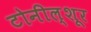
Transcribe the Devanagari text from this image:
टोनील्शूर